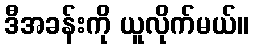
ဒီအခန်းကို ယူလိုက်မယ်။